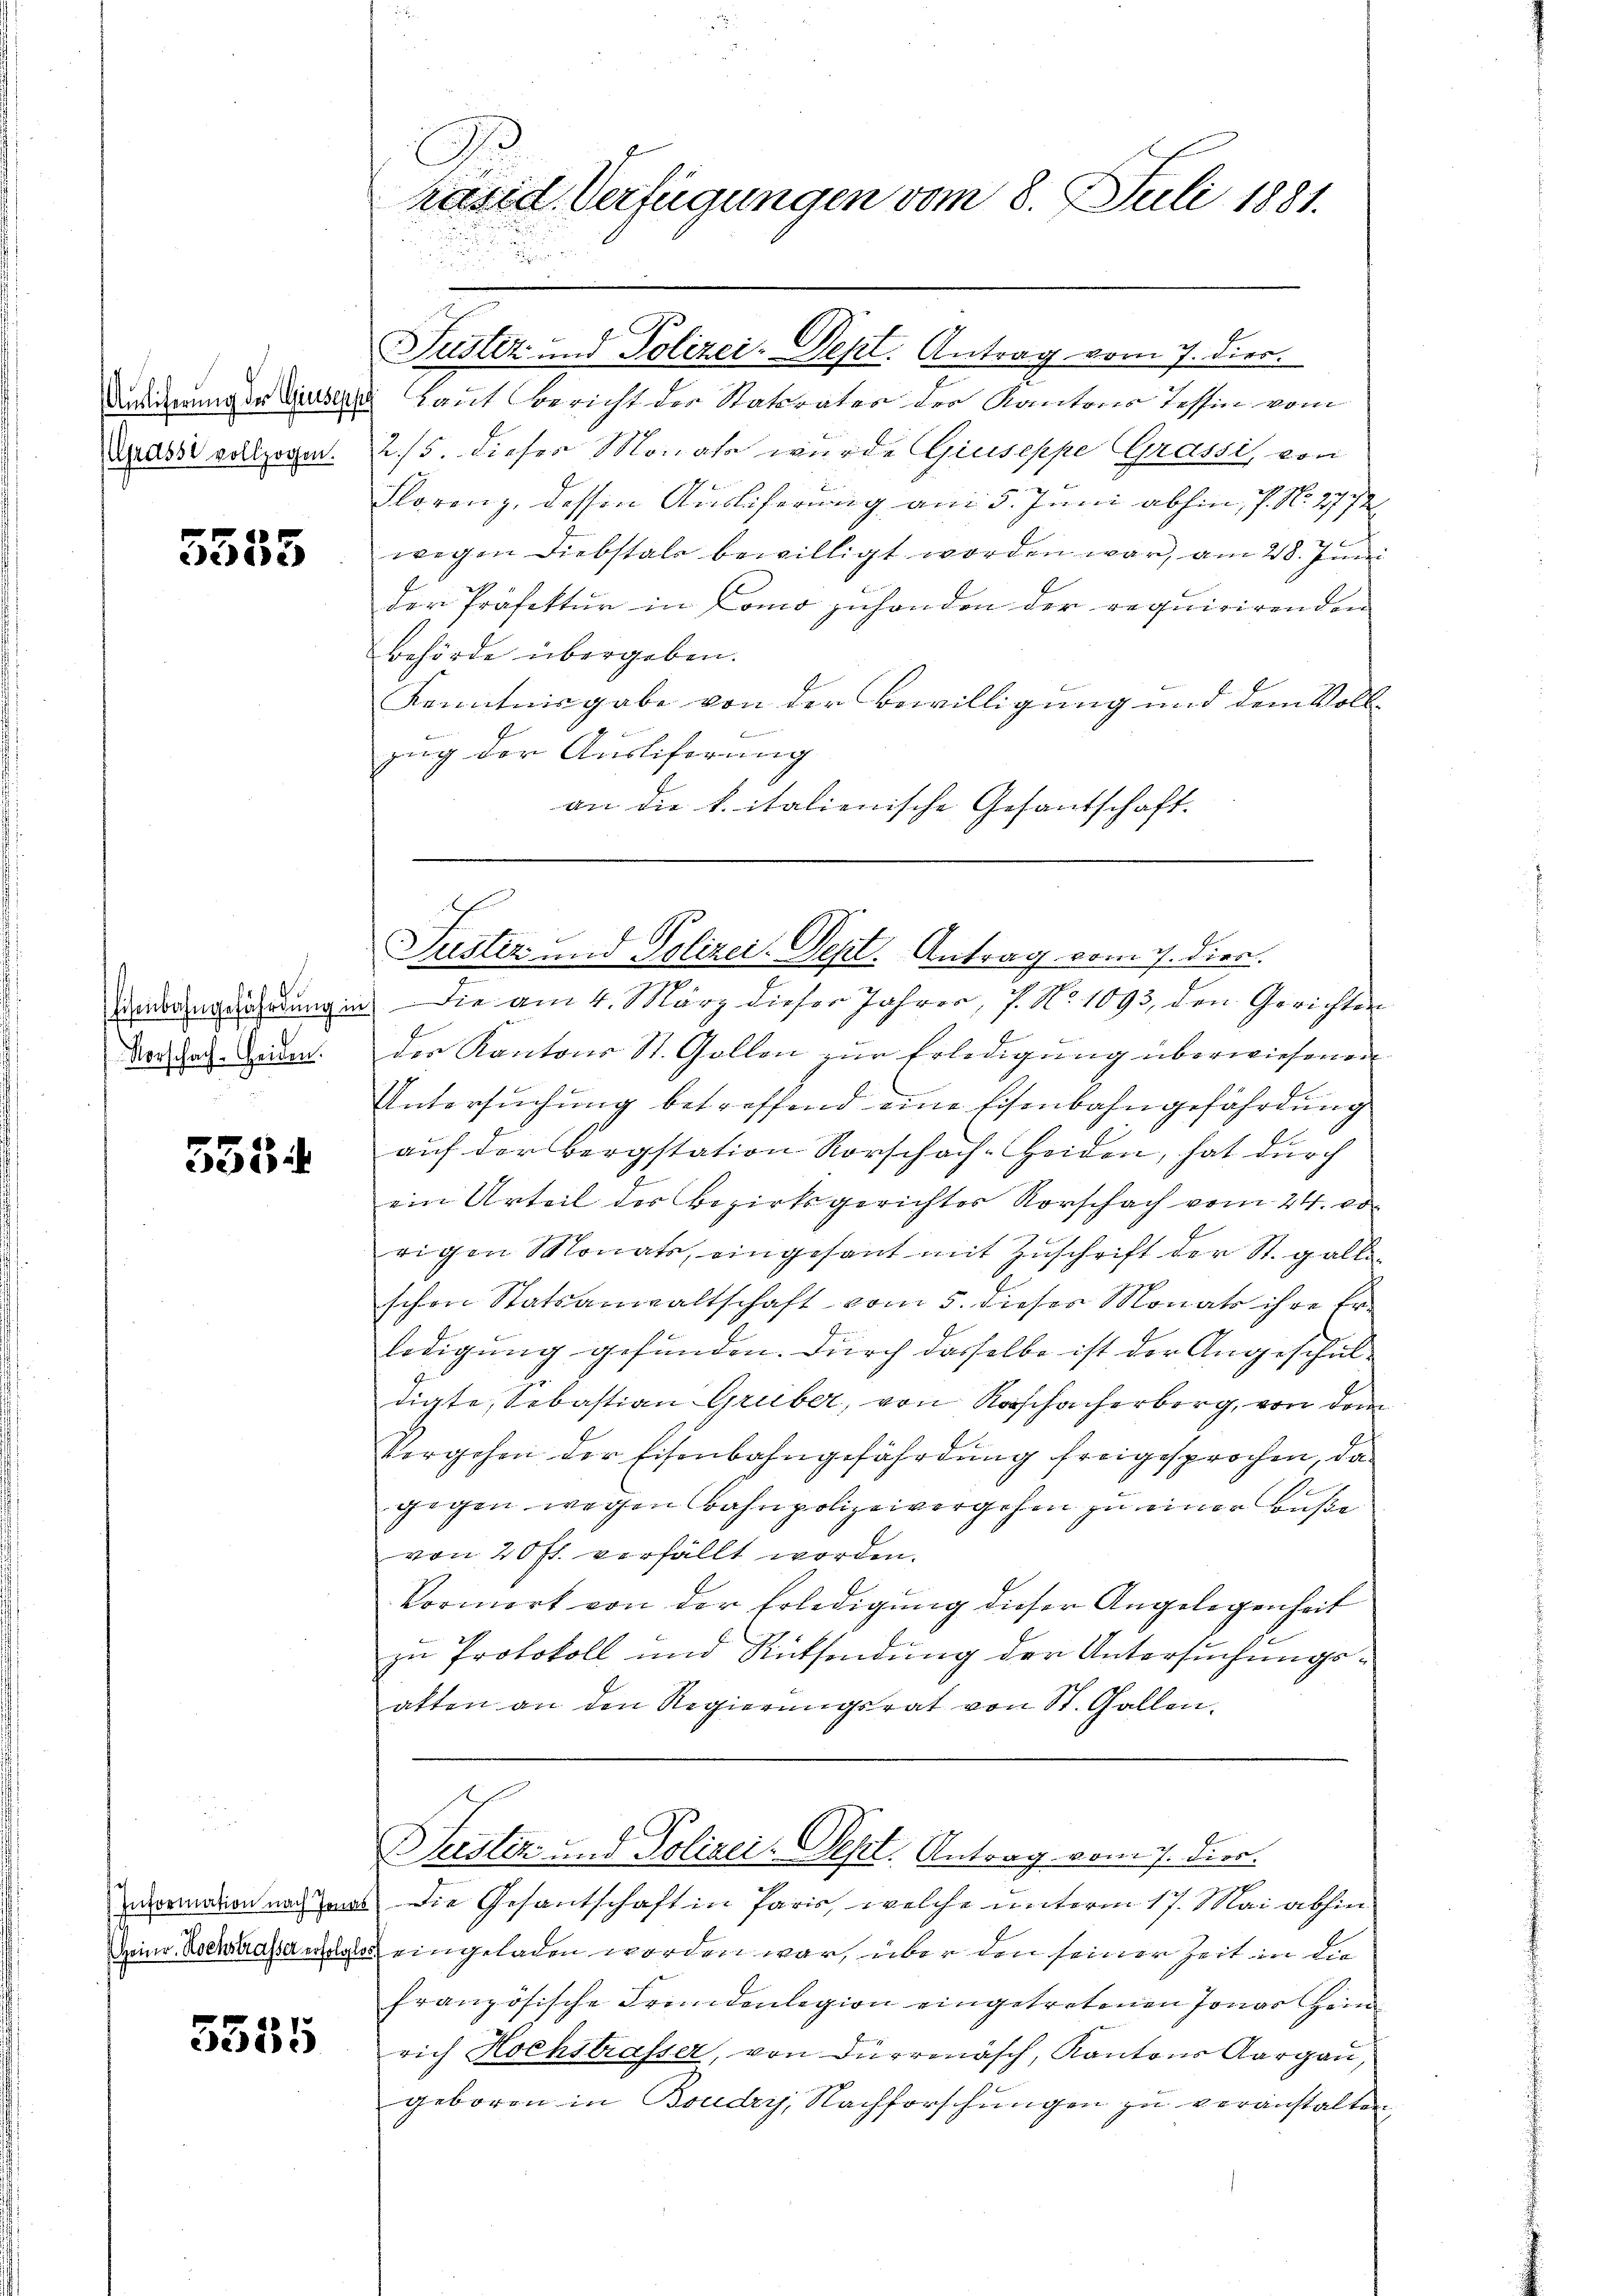
Auslieferung der Giuseppe
(Grasse vollzogen.

5555

A
Vorschach-Heiden.

3554

Information nach Jonas
Heinr. Hochstrasser erfolgte

5555

E
räsid. Verfügungen vom 8. Juli 1881.

Laut Bericht der Statrates der Kantons Tessin vom
2./5. dieser Monats wurde Giuseppe Grassi, von
Florenz, dessen Ausliferung am 5. Juni abhin, 7. No. 2772
wegen Diebstals bewilligt worden war, am 28. Juni
der Präfektur in Como zuhanden der requirirenden
behörde übergeben.
Kenntnisgabe von der Bewilligung und dem Voll-
Berminden in der
zug der Ausliferung
an die k. italienische Gesantschaft.
.

Justiz und Polizei-Dept. Antrag vom 7. Dier.

Justiz- und Polizei. Sept. Antrag vom 7. Dien.

innerendung in die am 4. März dieser Jahrer, 7. No 1093, den Gerichter
der Kantons St. Gollen zŭr Erledigung überwiesenen
Untersuchung betreffend eine Eisenbahngefährdung
auf der Bergstation Rorschach-Heiden, hat durch
ein Urteil des Bezirksgerichter Vorschach vom 24. vo
rigen Monats, eingesant mit Zuschrift der St. Galle
schon Statsanwaltschaft vom 5. dieses Monats ihre Erledigung gefunden. Durch dasselbe ist der Angeschuldigte, Sebastian Gruber, von Rorschacherberg, von dem
Vergehen der Eisenbahngefährdung freigesprochen, da
.
gegen wegen Bahnpolizeivergehen zu einer Buße
von 20 fl. verfällt worden.
Vormort von der Erledigung dieser Angelegenheit
zu Protokoll und Rücksendung der Untersuchungsatten an den Regierungsrat von St. Gallen.

Die Gesantschaft in Paris, welche unterm 17. Mai abhin
eingeladen worden war, über den seiner Zeit in die
französische Fründenlegion eingetretenen Jonas Heim
rich Hochstrasser, von Dürrenäsch, Kantons Aargau,
geboren in Boudry, Nachforschungen zu veranstalten,

Seisten und Polizei- Vest. Antrag vom 1. Dier.